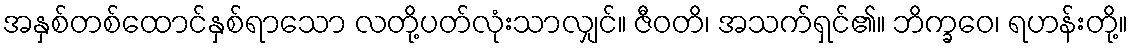
အနှစ်တစ်ထောင်နှစ်ရာသော လတို့ပတ်လုံးသာလျှင်။ ဇီဝတိ၊ အသက်ရှင်၏။ ဘိက္ခဝေ၊ ရဟန်းတို့။